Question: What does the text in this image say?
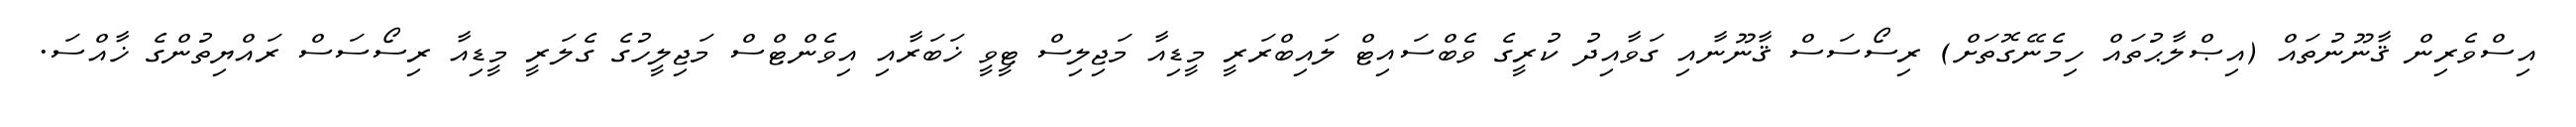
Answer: އިސްވެރިން ޤާނޫނުތައް (އިޞްލާޙުތައް ހިމެނޭގޮތަށް) ރިސޯސަސް ޤާނޫނާއި ގަވާއިދު ކުރީގެ ވެބްސައިޓް ލައިބްރަރީ މީޑިއާ މަޖިލިސް ޓީވީ ޚަބަރާއި އިވެންޓްސް މަޖިލީހުގެ ގެލަރީ މީޑިއާ ރިސޯސަސް ރައްޔިތުންގެ ޚާއްސަ.